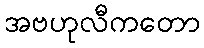
အဗဟုလီကတော